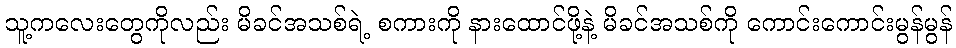
သူ့ကလေးတွေကိုလည်း မိခင်အသစ်ရဲ့ စကားကို နားထောင်ဖို့နဲ့ မိခင်အသစ်ကို ကောင်းကောင်းမွန်မွန်